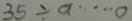
3 5 \div a \cdots 0